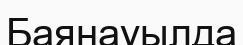
Баянауылда